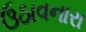
ઉઠાવનારા